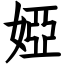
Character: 婭